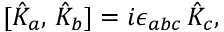
[ \hat { K } _ { a } , \, \hat { K } _ { b } ] = i \epsilon _ { a b c } \, \hat { K } _ { c } ,